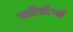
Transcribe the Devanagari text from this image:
क्लीतोर्प्स